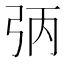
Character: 𪪻